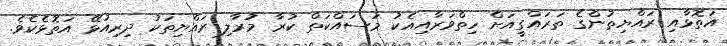
އަތޮޅާއި ރައްޔިތުންގެ ތަރައްގީއަށް ހިތްވަރާއިއެކު މަސައްކަތް ކުރާ މުރާލި ރައްޔިތަކު ދިރިއުޅޭ އަތޮޅެކެވެ.